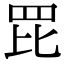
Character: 𦊁